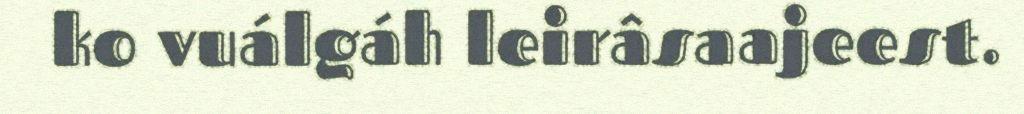
ko vuálgáh leirâsaajeest.